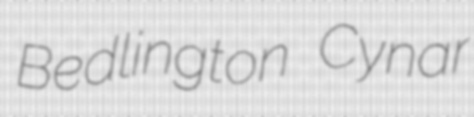
Bedlington Cynar